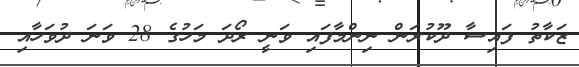
ޒަކާތު ފައިސާ ދޫކުރަން ނިންމާފައި ވަނީ ރޯދަ މަހުގެ 28 ވަނަ ދުވަހާއި